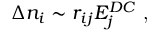
\Delta n _ { i } \sim r _ { i j } E _ { j } ^ { D C } \textrm { , }